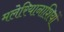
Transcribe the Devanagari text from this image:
मलेरियानाशियों